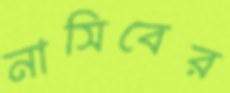
নাসিবের